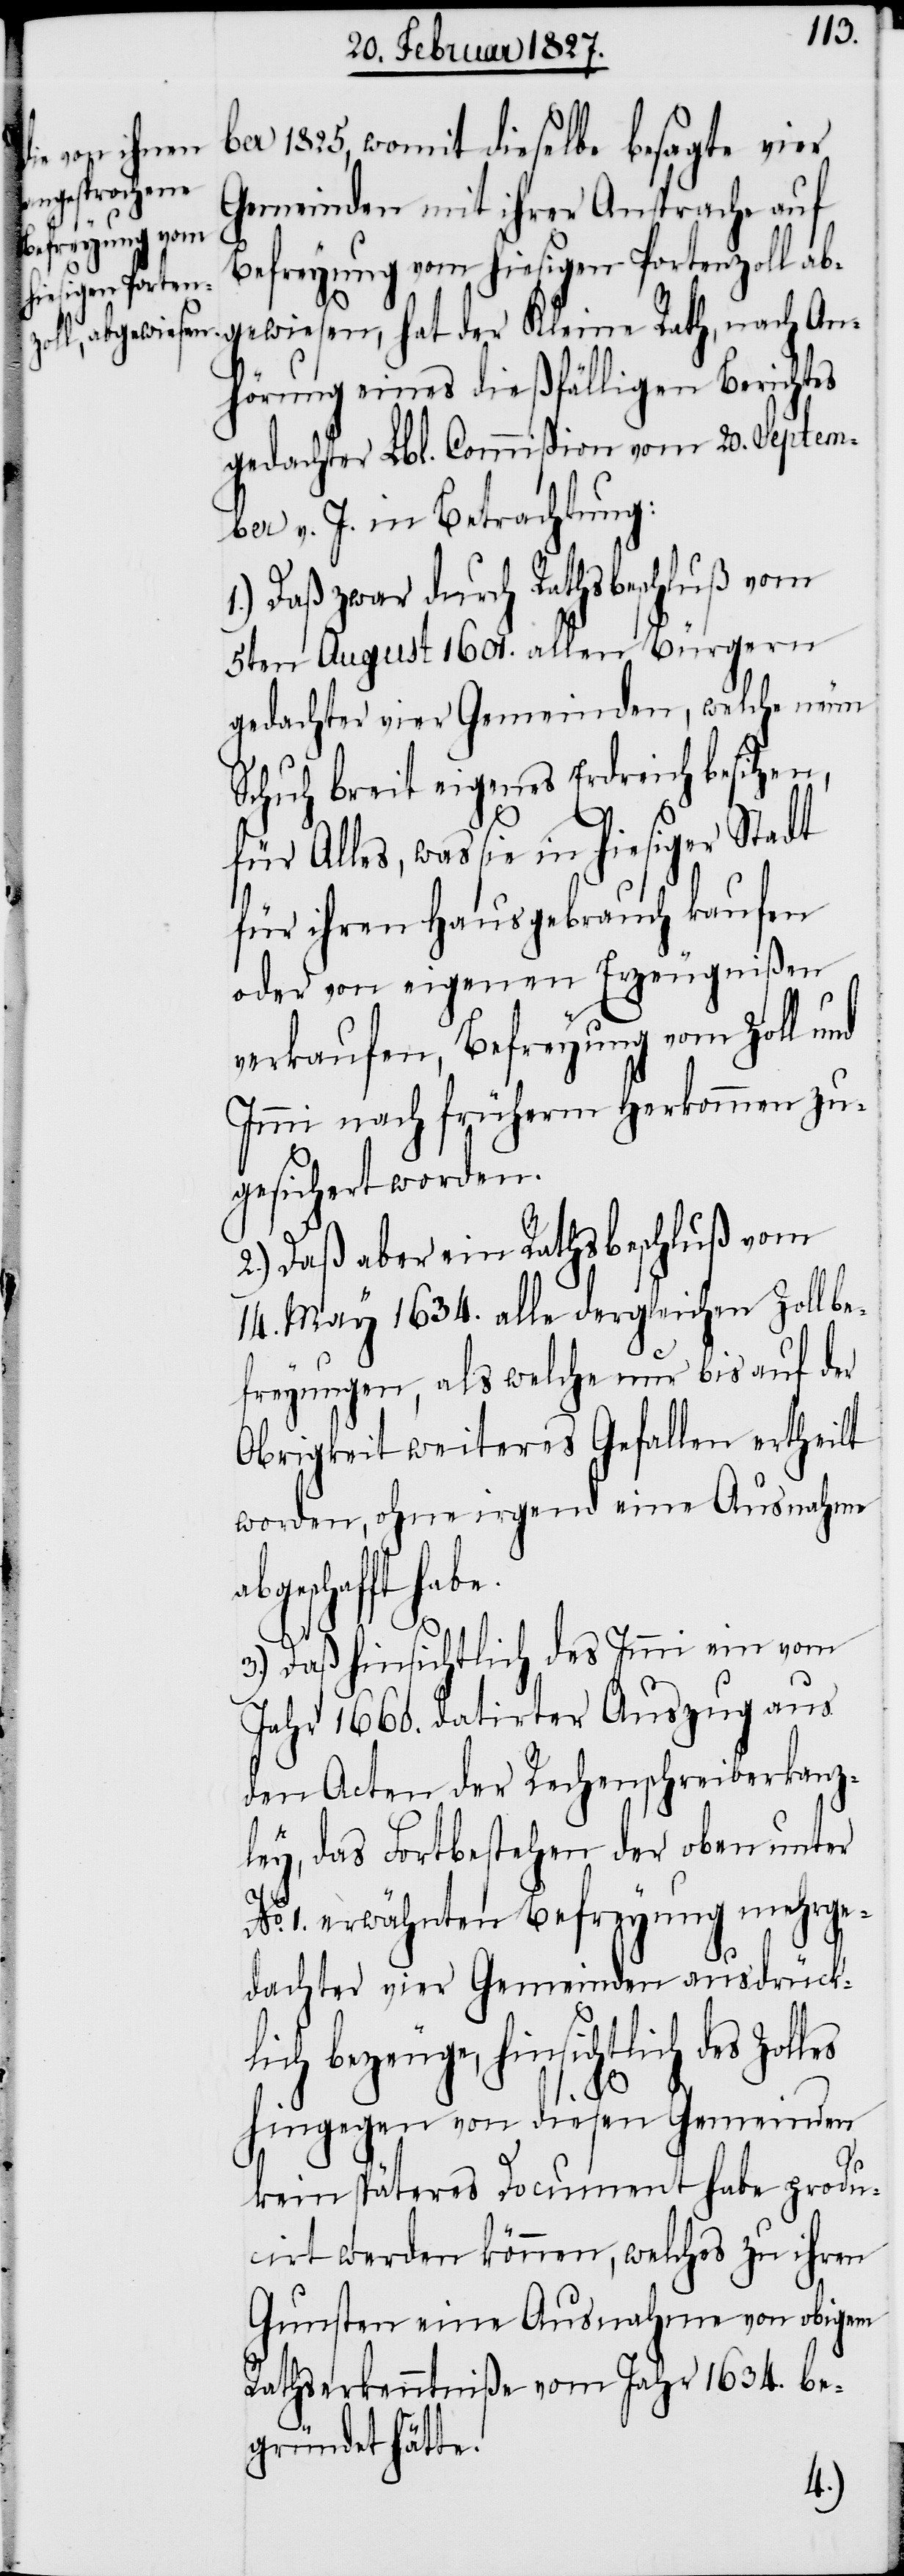
ber 1825, womit dieselbe besagte vier
Gemeinden mit ihrer Ansprache auf
Befreyung vom hiesigen Portenzoll ab¬
gewiesen, hat der Kleine Rath, nach An¬
hörung eines dießfälligen Berichtes
gedachter Lbl. Commißion vom 20. Septem¬
ber v. J. in Betrachtung:
1.) Daß zwar durch Rathsbeschluß vom
5ten August 1601. allen Bürgern
gedachter vier Gemeinden, welche neun
Schuh breit eigenes Erdreich besitzen,
für Alles, was sie in hiesiger Stadt
für ihren Hausgebrauch kaufen
oder von eigenen Erzeugnißen
verkaufen, Befreyung vom Zoll und
Immi nach früherm Herkommen zu¬
gesichert worden.
2.) Daß aber ein Rathsbeschluß vom
14. May 1634. alle dergleichen Zollbe¬
freyungen, als welche nur bis auf der
Obrigkeit weiteres Gefallen ertheilt
worden, ohne irgend eine Ausnahme
geschafft
3.) Daß hinsichtlich des Immi ein vom
Jahr 1660. datirter Auszug aus
den Acten der Rechenschreiberkanz¬
ley, das Fortbestehen der oben unter
No. 1. erwähnten Befreyung mehrge¬
dachter vier Gemeinden ausdrückl¬
ich bezeuge, hinsichtlich des
hingegen von diesen Gemeinden
kein späteres Document habe produ¬
cirt werden können, welches zu ihren
Gunsten eine Ausnahme von obigem
Rathserkenntniße vom Jahr 1634. be¬
gründet hätte.
ab¬